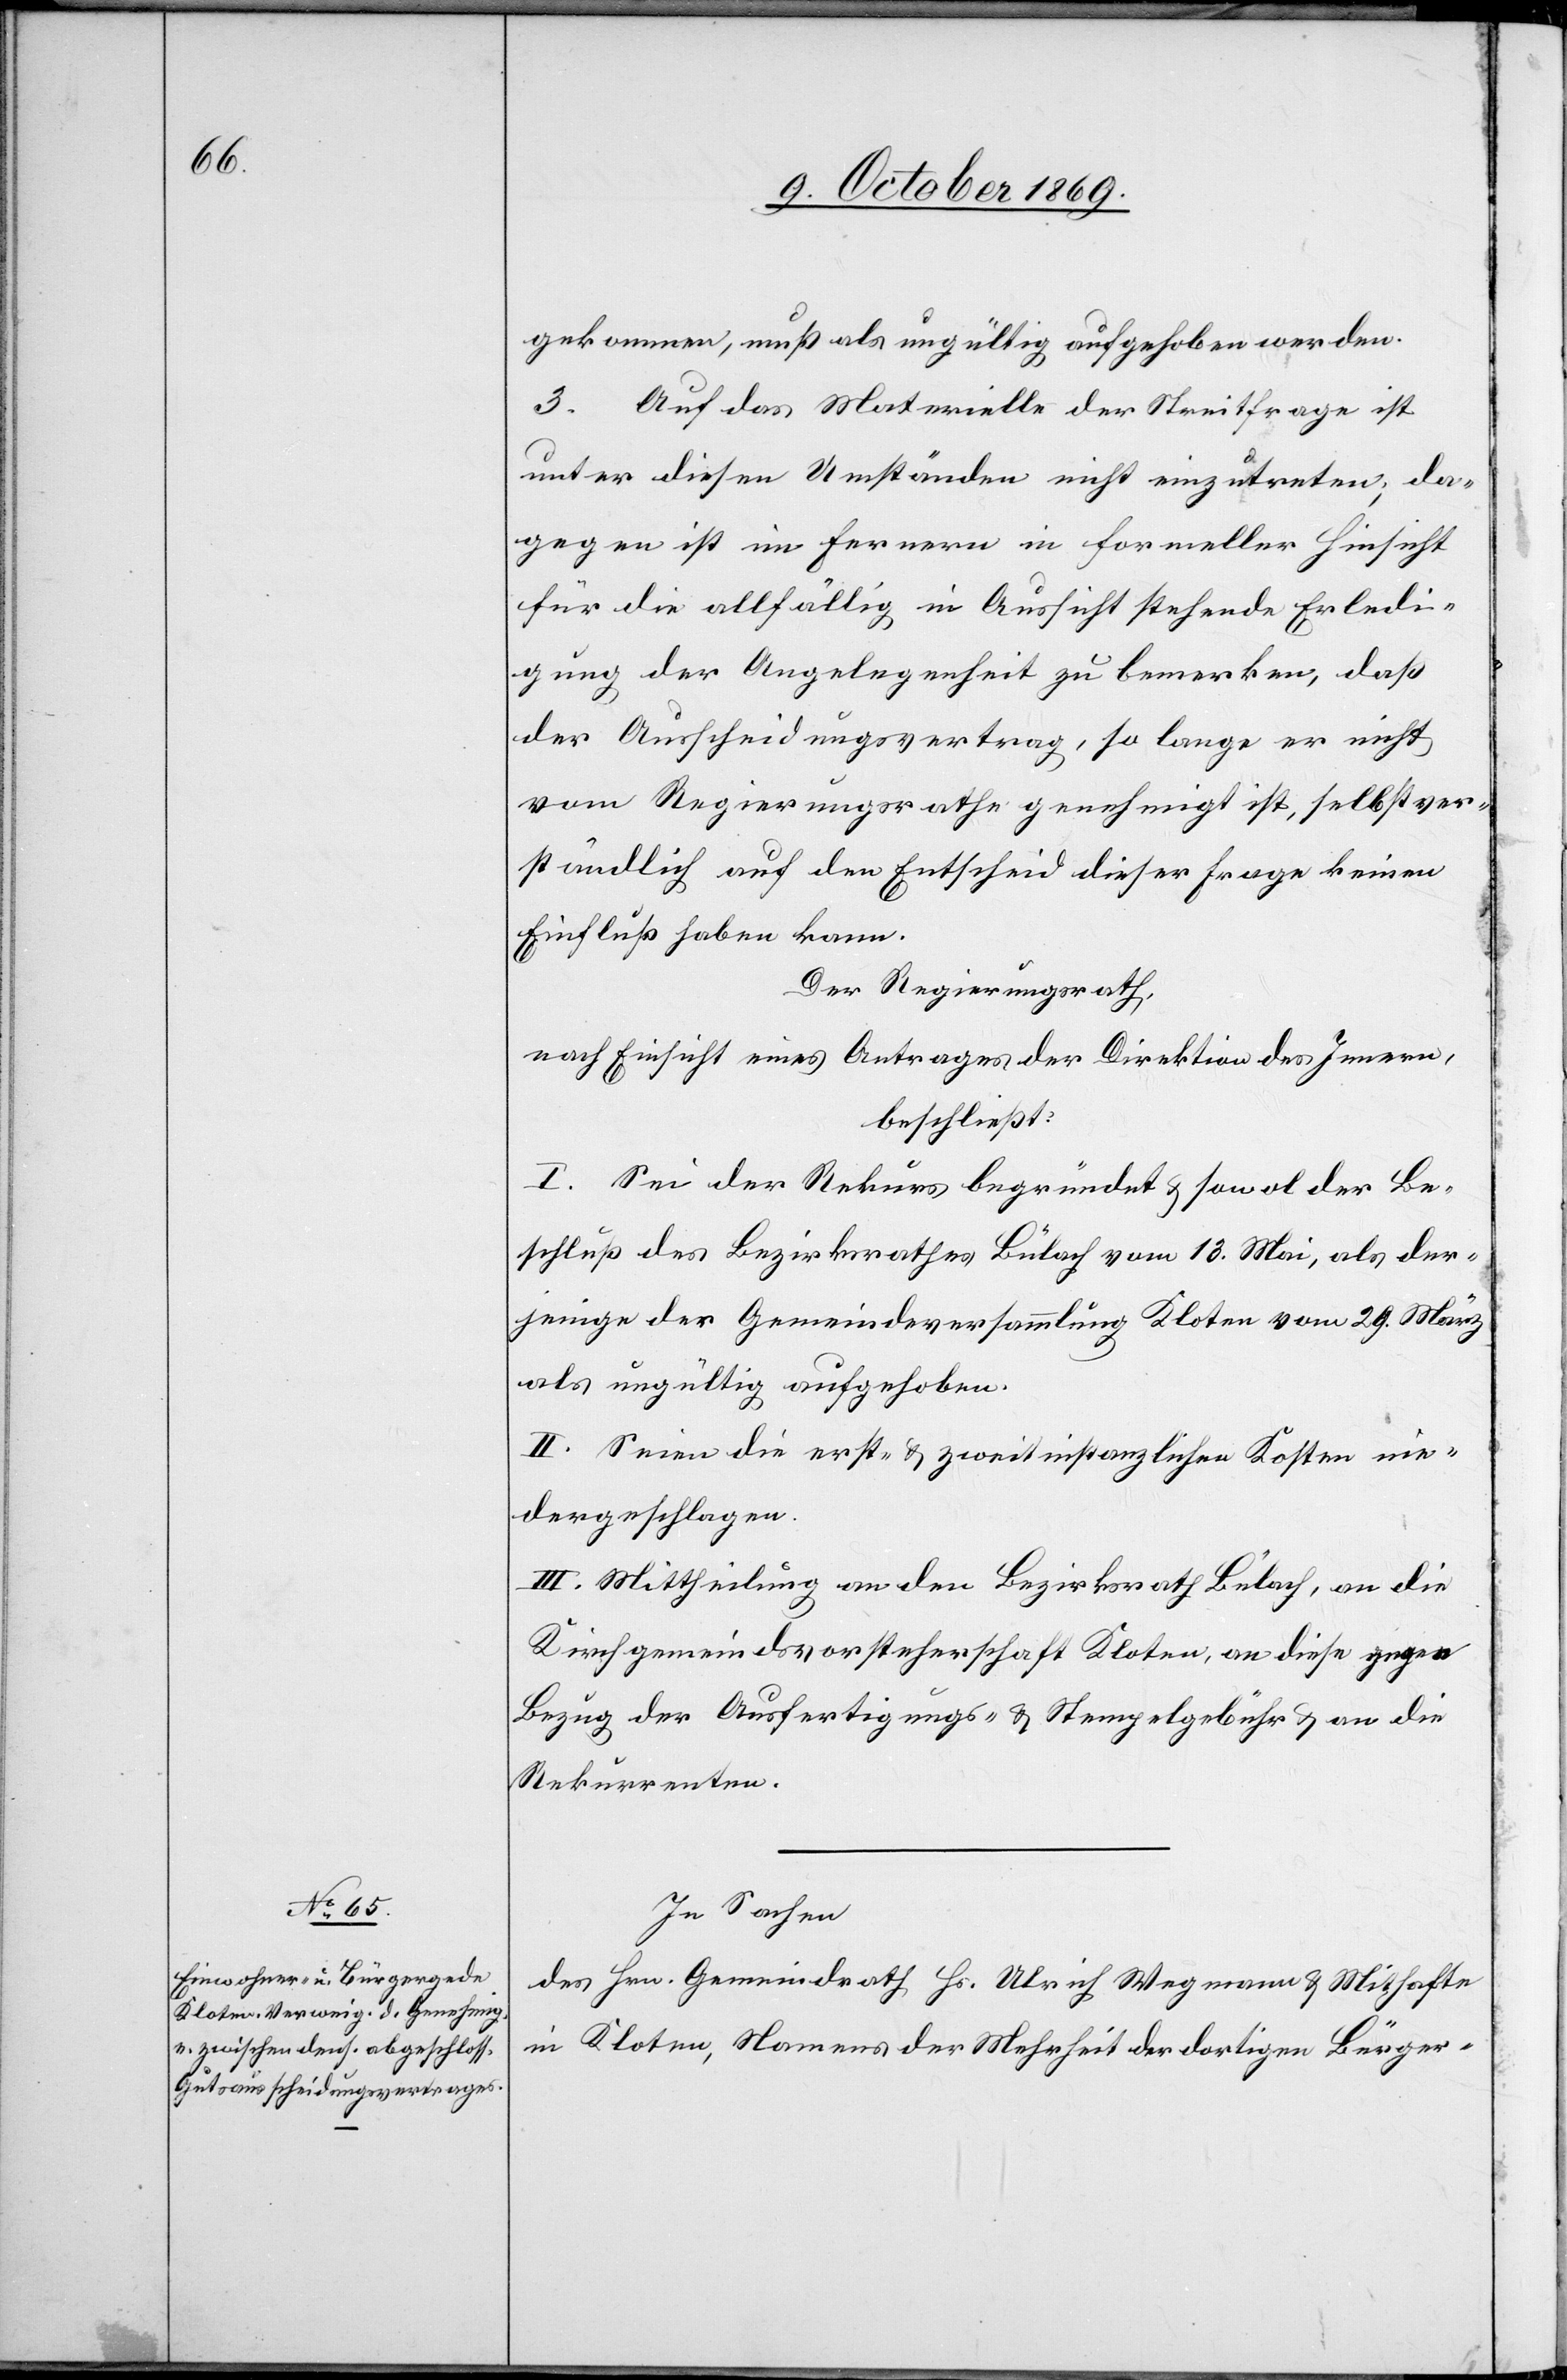
gekommen, muß als ungültig aufgehoben werden.
3. Auf das Materielle der Streitfrage ist
unter diesen Umständen nicht einzutreten; da¬
gegen ist im Fernern in formeller Hinsicht
für die allfällig in Aussicht stehende Erledi¬
gung der Angelegenheit zu bemerken, daß
der Ausscheidungsvertrag, so lange er nicht
vom Regierungsrathe genehmigt ist, selbstver¬
ständlich auf den Entscheid dieser Frage keinen
Einfluß haben kann.
Der Regierungsrath,
nach Einsicht eines Antrages der Direktion des Innern,
beschließt:
I. Sei der Rekurs begründet & sowol der Be¬
schluß des Bezirksrathes Bülach vom 13. Mai, als der¬
jenige der Gemeindeversammlung Kloten vom 29. März
als ungültig aufgehoben.
II. Seien die erst- & zweitinstanzlichen Kosten nie¬
dergeschlagen.
III. Mittheilung an den Bezirksrath Bülach, an die
Kirchgemeindsvorsteherschaft Kloten, an diese gegen
Bezug der Ausfertigungs- & Stempelgebühr & an die
Rekurrenten.
In Sachen
des Hrn. Gemeindrath Hs. Ulrich Wegmann & Mithafte
in Kloten, Namens der Mehrheit der dortigen Bürger-